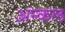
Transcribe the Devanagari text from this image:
अन्कल